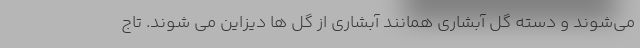
می‌شوند و دسته گل آبشاری همانند آبشاری از گل ها دیزاین می شوند. تاج